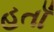
હતાઁ